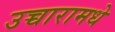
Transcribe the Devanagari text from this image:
उच्चारामधे